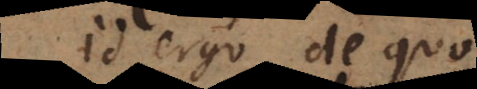
id ergo de quo